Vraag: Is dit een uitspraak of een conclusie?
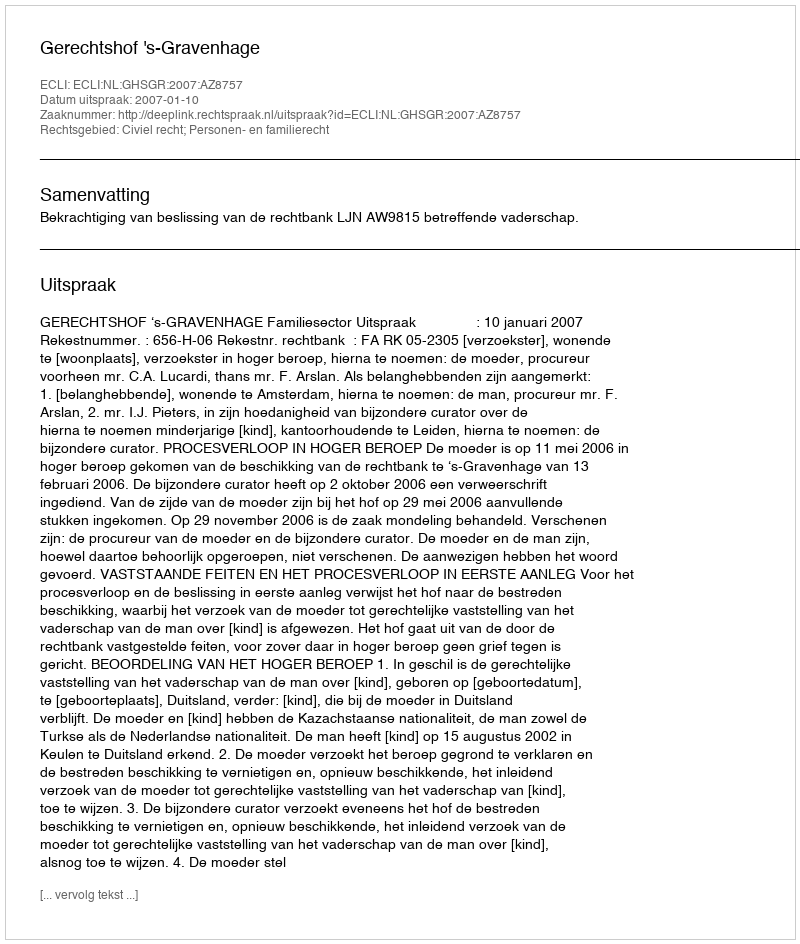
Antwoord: Uitspraak